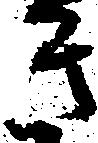
き